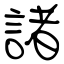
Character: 諸